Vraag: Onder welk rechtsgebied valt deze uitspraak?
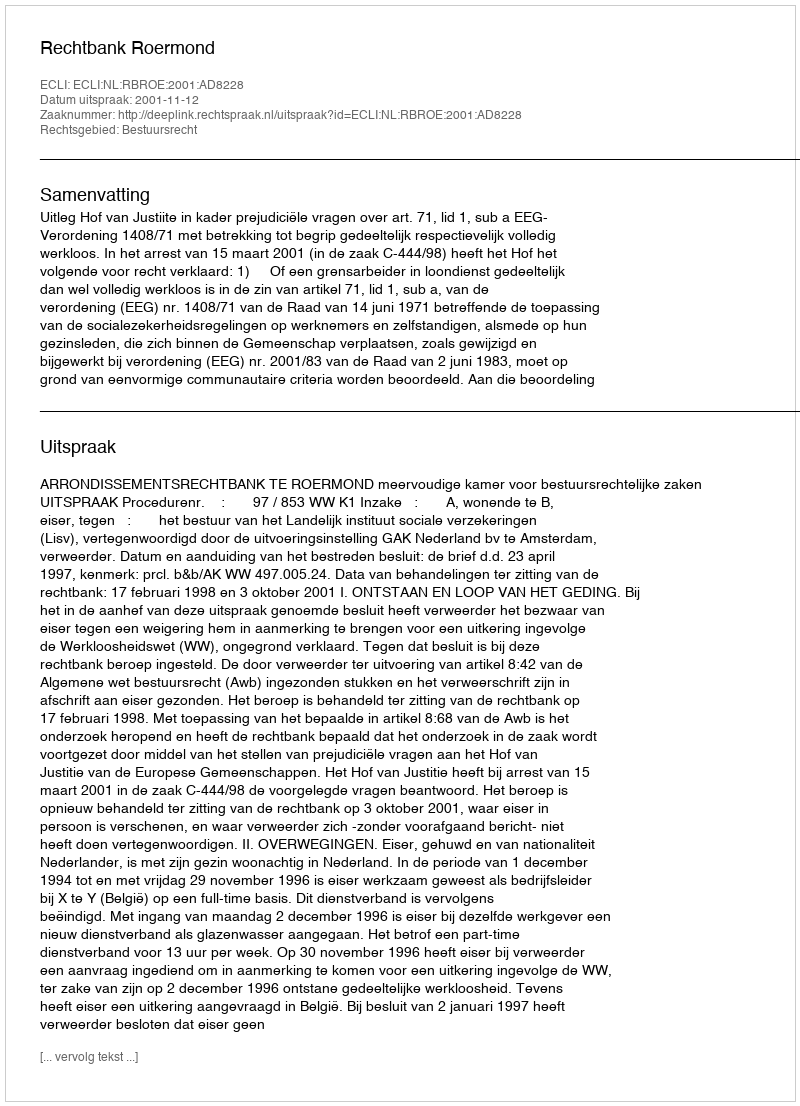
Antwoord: Bestuursrecht